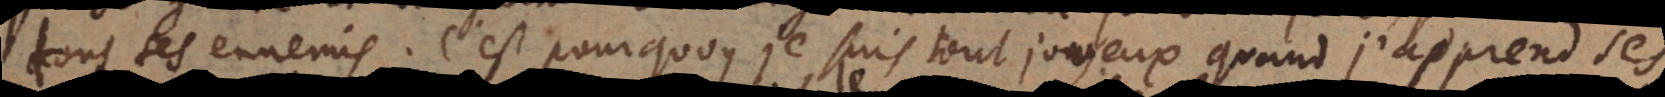
tous ses ennemis. C’est pourquoy je suis tout joyeux, quand j’apprends ses